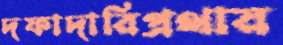
দফাদারিপ্রথায়